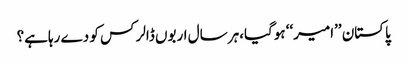
پاکستان ’’امیر‘‘ ہوگیا،ہر سال اربوں ڈالر کس کو دے رہاہے؟